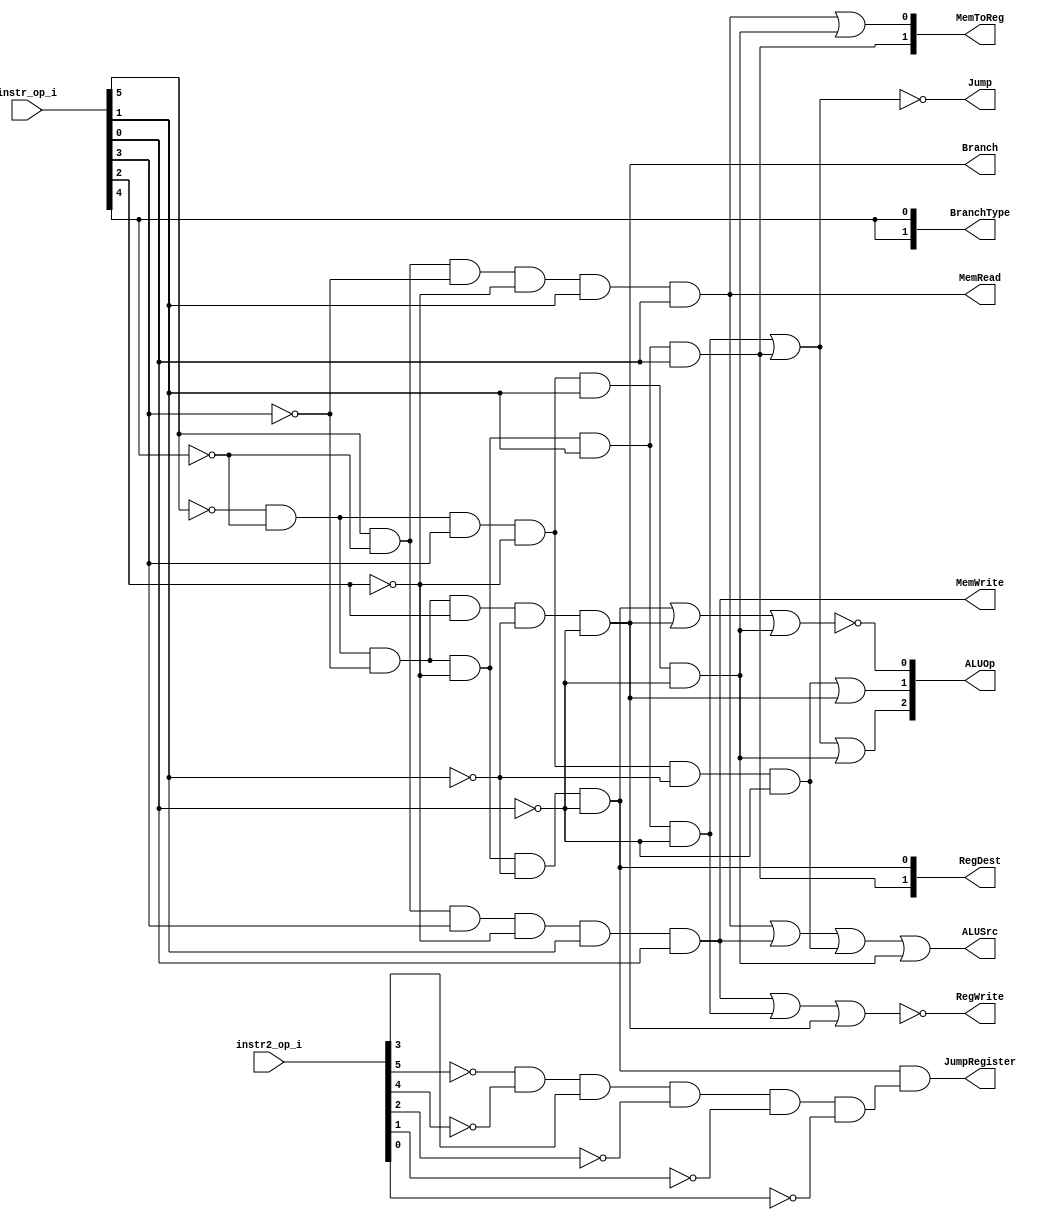
//a 0516327
//Subject:     CO project 2 - Decoder
//--------------------------------------------------------------------------------
//Version:     1
//--------------------------------------------------------------------------------
//Writer:      Luke
//----------------------------------------------
//----------------------------------------------
//Description: 
//--------------------------------------------------------------------------------

module Decoder(
	instr_op_i,
	instr2_op_i,
    Branch,
	MemToReg,
	BranchType,
	Jump,
	MemRead,
	MemWrite,
	ALUOp,
	ALUSrc,
	RegWrite,
	RegDest,
	JumpRegister
	);
     
//I/O ports
input  [5:0] 	instr_op_i;
input  [5:0] 	instr2_op_i;

output         	Branch;
output	[1:0]	MemToReg;
output	[1:0]	BranchType;
output			Jump;
output			MemRead;
output			MemWrite;
output 	[2:0]	ALUOp;
output         	ALUSrc;
output         	RegWrite;
output	[1:0]  	RegDest; 
output			JumpRegister;


assign Branch = (~instr_op_i[5]) & (~instr_op_i[4]) & (~instr_op_i[3]) & (instr_op_i[2]) & (~instr_op_i[1]) & (~instr_op_i[0]);
assign MemToReg[1] = (~instr_op_i[5]) & (~instr_op_i[4]) & (~instr_op_i[3]) & (~instr_op_i[2]) & (instr_op_i[1]) & (instr_op_i[0]);
assign MemToReg[0] = (((instr_op_i[5]) & (~instr_op_i[4]) & (~instr_op_i[3]) & (~instr_op_i[2]) & (instr_op_i[1]) & (instr_op_i[0])) | ((~instr_op_i[5]) & (~instr_op_i[4]) & (instr_op_i[3]) & (~instr_op_i[2]) & (instr_op_i[1]) & (~instr_op_i[0])));
assign BranchType[1] = instr_op_i[4];
assign BranchType[0] = instr_op_i[4];
assign Jump = ~(((~instr_op_i[5]) & (~instr_op_i[4]) & (~instr_op_i[3]) & (~instr_op_i[2]) & (instr_op_i[1]) & (~instr_op_i[0])) | ((~instr_op_i[5]) & (~instr_op_i[4]) & (~instr_op_i[3]) & (~instr_op_i[2]) & (instr_op_i[1]) & (instr_op_i[0])));
assign MemRead = (instr_op_i[5]) & (~instr_op_i[4]) & (~instr_op_i[3]) & (~instr_op_i[2]) & (instr_op_i[1]) & (instr_op_i[0]);
assign MemWrite = (instr_op_i[5]) & (~instr_op_i[4]) & (instr_op_i[3]) & (~instr_op_i[2]) & (instr_op_i[1]) & (instr_op_i[0]);
assign ALUOp[2] = ((~instr_op_i[5]) & (~instr_op_i[4]) & (~instr_op_i[3]) & (~instr_op_i[2]) & (instr_op_i[1]) & (~instr_op_i[0])) | ((~instr_op_i[5]) & (~instr_op_i[4]) & (~instr_op_i[3]) & (~instr_op_i[2]) & (instr_op_i[1]) & (instr_op_i[0])) | ((~instr_op_i[5]) & (~instr_op_i[4]) & (instr_op_i[3]) & (~instr_op_i[2]) & (instr_op_i[1]) & (~instr_op_i[0]));
assign ALUOp[1] = ((~instr_op_i[5]) & (~instr_op_i[4]) & (instr_op_i[3]) & (~instr_op_i[2]) & (~instr_op_i[1]) & (~instr_op_i[0])) | ((~instr_op_i[5]) & (~instr_op_i[4]) & (~instr_op_i[3]) & (instr_op_i[2]) & (~instr_op_i[1]) & (~instr_op_i[0]));
assign ALUOp[0] = ~(((~instr_op_i[5]) & (~instr_op_i[4]) & (~instr_op_i[3]) & (~instr_op_i[2]) & (~instr_op_i[1]) & (~instr_op_i[0])) | ((~instr_op_i[5]) & (~instr_op_i[4]) & (~instr_op_i[3]) & (instr_op_i[2]) & (~instr_op_i[1]) & (~instr_op_i[0])) | ((~instr_op_i[5]) & (~instr_op_i[4]) & (instr_op_i[3]) & (~instr_op_i[2]) & (instr_op_i[1]) & (~instr_op_i[0])));
assign ALUSrc = ((instr_op_i[5]) & (~instr_op_i[4]) & (~instr_op_i[3]) & (~instr_op_i[2]) & (instr_op_i[1]) & (instr_op_i[0])) | ((instr_op_i[5]) & (~instr_op_i[4]) & (instr_op_i[3]) & (~instr_op_i[2]) & (instr_op_i[1]) & (instr_op_i[0])) | ((~instr_op_i[5]) & (~instr_op_i[4]) & (instr_op_i[3]) & (~instr_op_i[2]) & (~instr_op_i[1]) & (~instr_op_i[0])) | ((~instr_op_i[5]) & (~instr_op_i[4]) & (instr_op_i[3]) & (~instr_op_i[2]) & (instr_op_i[1]) & (~instr_op_i[0]));
assign RegWrite = ~(((instr_op_i[5]) & (~instr_op_i[4]) & (instr_op_i[3]) & (~instr_op_i[2]) & (instr_op_i[1]) & (instr_op_i[0])) | ((~instr_op_i[5]) & (~instr_op_i[4]) & (~instr_op_i[3]) & (~instr_op_i[2]) & (instr_op_i[1]) & (~instr_op_i[0])) | ((~instr_op_i[5]) & (~instr_op_i[4]) & (~instr_op_i[3]) & (instr_op_i[2]) & (~instr_op_i[1]) & (~instr_op_i[0])));
assign RegDest[1] = (~instr_op_i[5]) & (~instr_op_i[4]) & (~instr_op_i[3]) & (~instr_op_i[2]) & (instr_op_i[1]) & (instr_op_i[0]);
assign RegDest[0] = (~instr_op_i[5]) & (~instr_op_i[4]) & (~instr_op_i[3]) & (~instr_op_i[2]) & (~instr_op_i[1]) & (~instr_op_i[0]);
assign JumpRegister = ((~instr_op_i[5]) & (~instr_op_i[4]) & (~instr_op_i[3]) & (~instr_op_i[2]) & (~instr_op_i[1]) & (~instr_op_i[0])) & ((~instr2_op_i[5]) & (~instr2_op_i[4]) & (instr2_op_i[3]) & (~instr2_op_i[2]) & (~instr2_op_i[1]) & (~instr2_op_i[0]));

endmodule